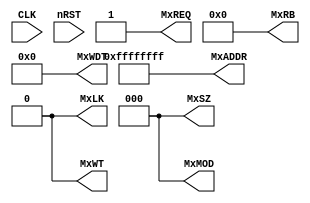
/****************************************************************************
*                                                                           *
*                          Default  Master                                  *
*                                                                           *
*****************************************************************************/
// 20110715, Jinook Song, MxMOD is modified, 3bits


module DFT_MST
(
	input	wire						CLK,
	input	wire						nRST,

	output	wire						MxREQ, 
	output	wire						MxLK, 
	output	wire						MxWT, 		// 1 : Write 		0 : Read
	output	wire		[2:0]			MxSZ,
	output	wire		[3:0]			MxRB, 
	output	wire		[2:0]			MxMOD, 
	output	wire		[31:0]			MxADDR, 
	output	wire		[38:0]			MxWDT
	
);


	assign 	MxREQ 	= 1'b1;				//always REQ, But Arbiter Will Not Look This Signal.
	assign	MxLK 	= 1'b0;				//always Divisible Transaction	
	assign	MxWT 	= 1'b0;				//always READ
	assign	MxSZ 	= 3'b000;			//always Byte(Smallest Size)
	assign	MxRB 	= 4'b0000;			//always Single Trnasfer 
	assign	MxMOD	= 3'b000;			//always IDLE(Slave Will Ignore 
	assign	MxADDR  = 32'hFFFF_FFFF;	//always ADDR = 32'hFFFF_FFFF(Mapped to Default Master)
	assign	MxWDT	= 39'h00_0000_0000;	//always WDT = 0
	
endmodule